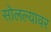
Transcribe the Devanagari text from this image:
सोलल्यावर